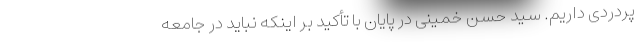
پردردی داریم. سید حسن خمینی در پایان با تأکید بر اینکه نباید در جامعه